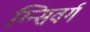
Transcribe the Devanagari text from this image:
ग्न्सिवर्ग